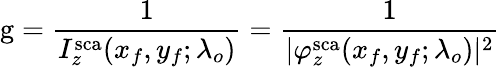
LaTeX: \mathrm{g}=\frac{1}{I_{z}^{\mathrm{sca}}(x_{f},y_{f};\lambda_{o})}=\frac{1}{|\varphi_{z}^{\mathrm{sca}}(x_{f},y_{f};\lambda_{o})|^{2}}